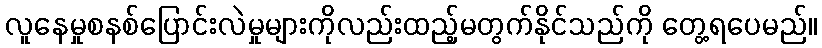
လူနေမှုစနစ်ပြောင်းလဲမှုများကိုလည်းထည့်မတွက်နိုင်သည်ကို တွေ့ရပေမည်။